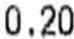
0.20